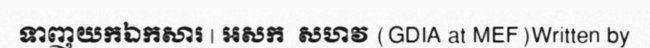
ទាញយកឯកសារ | អសក  សហវ (GDIA at MEF)Written by